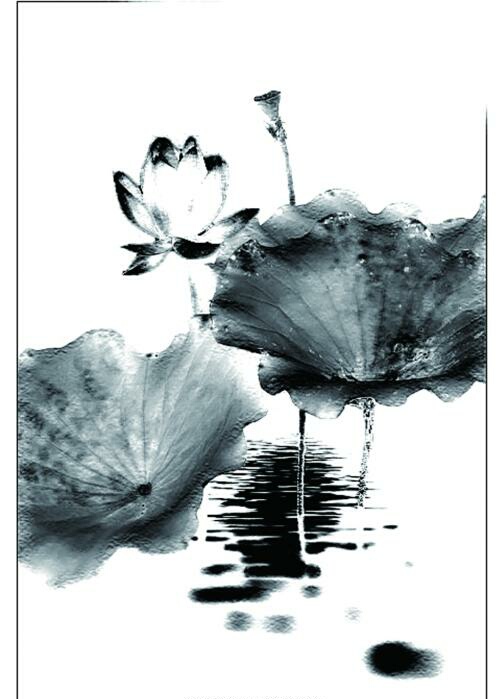
民之归仁也，犹水之就下兽之走圹也。